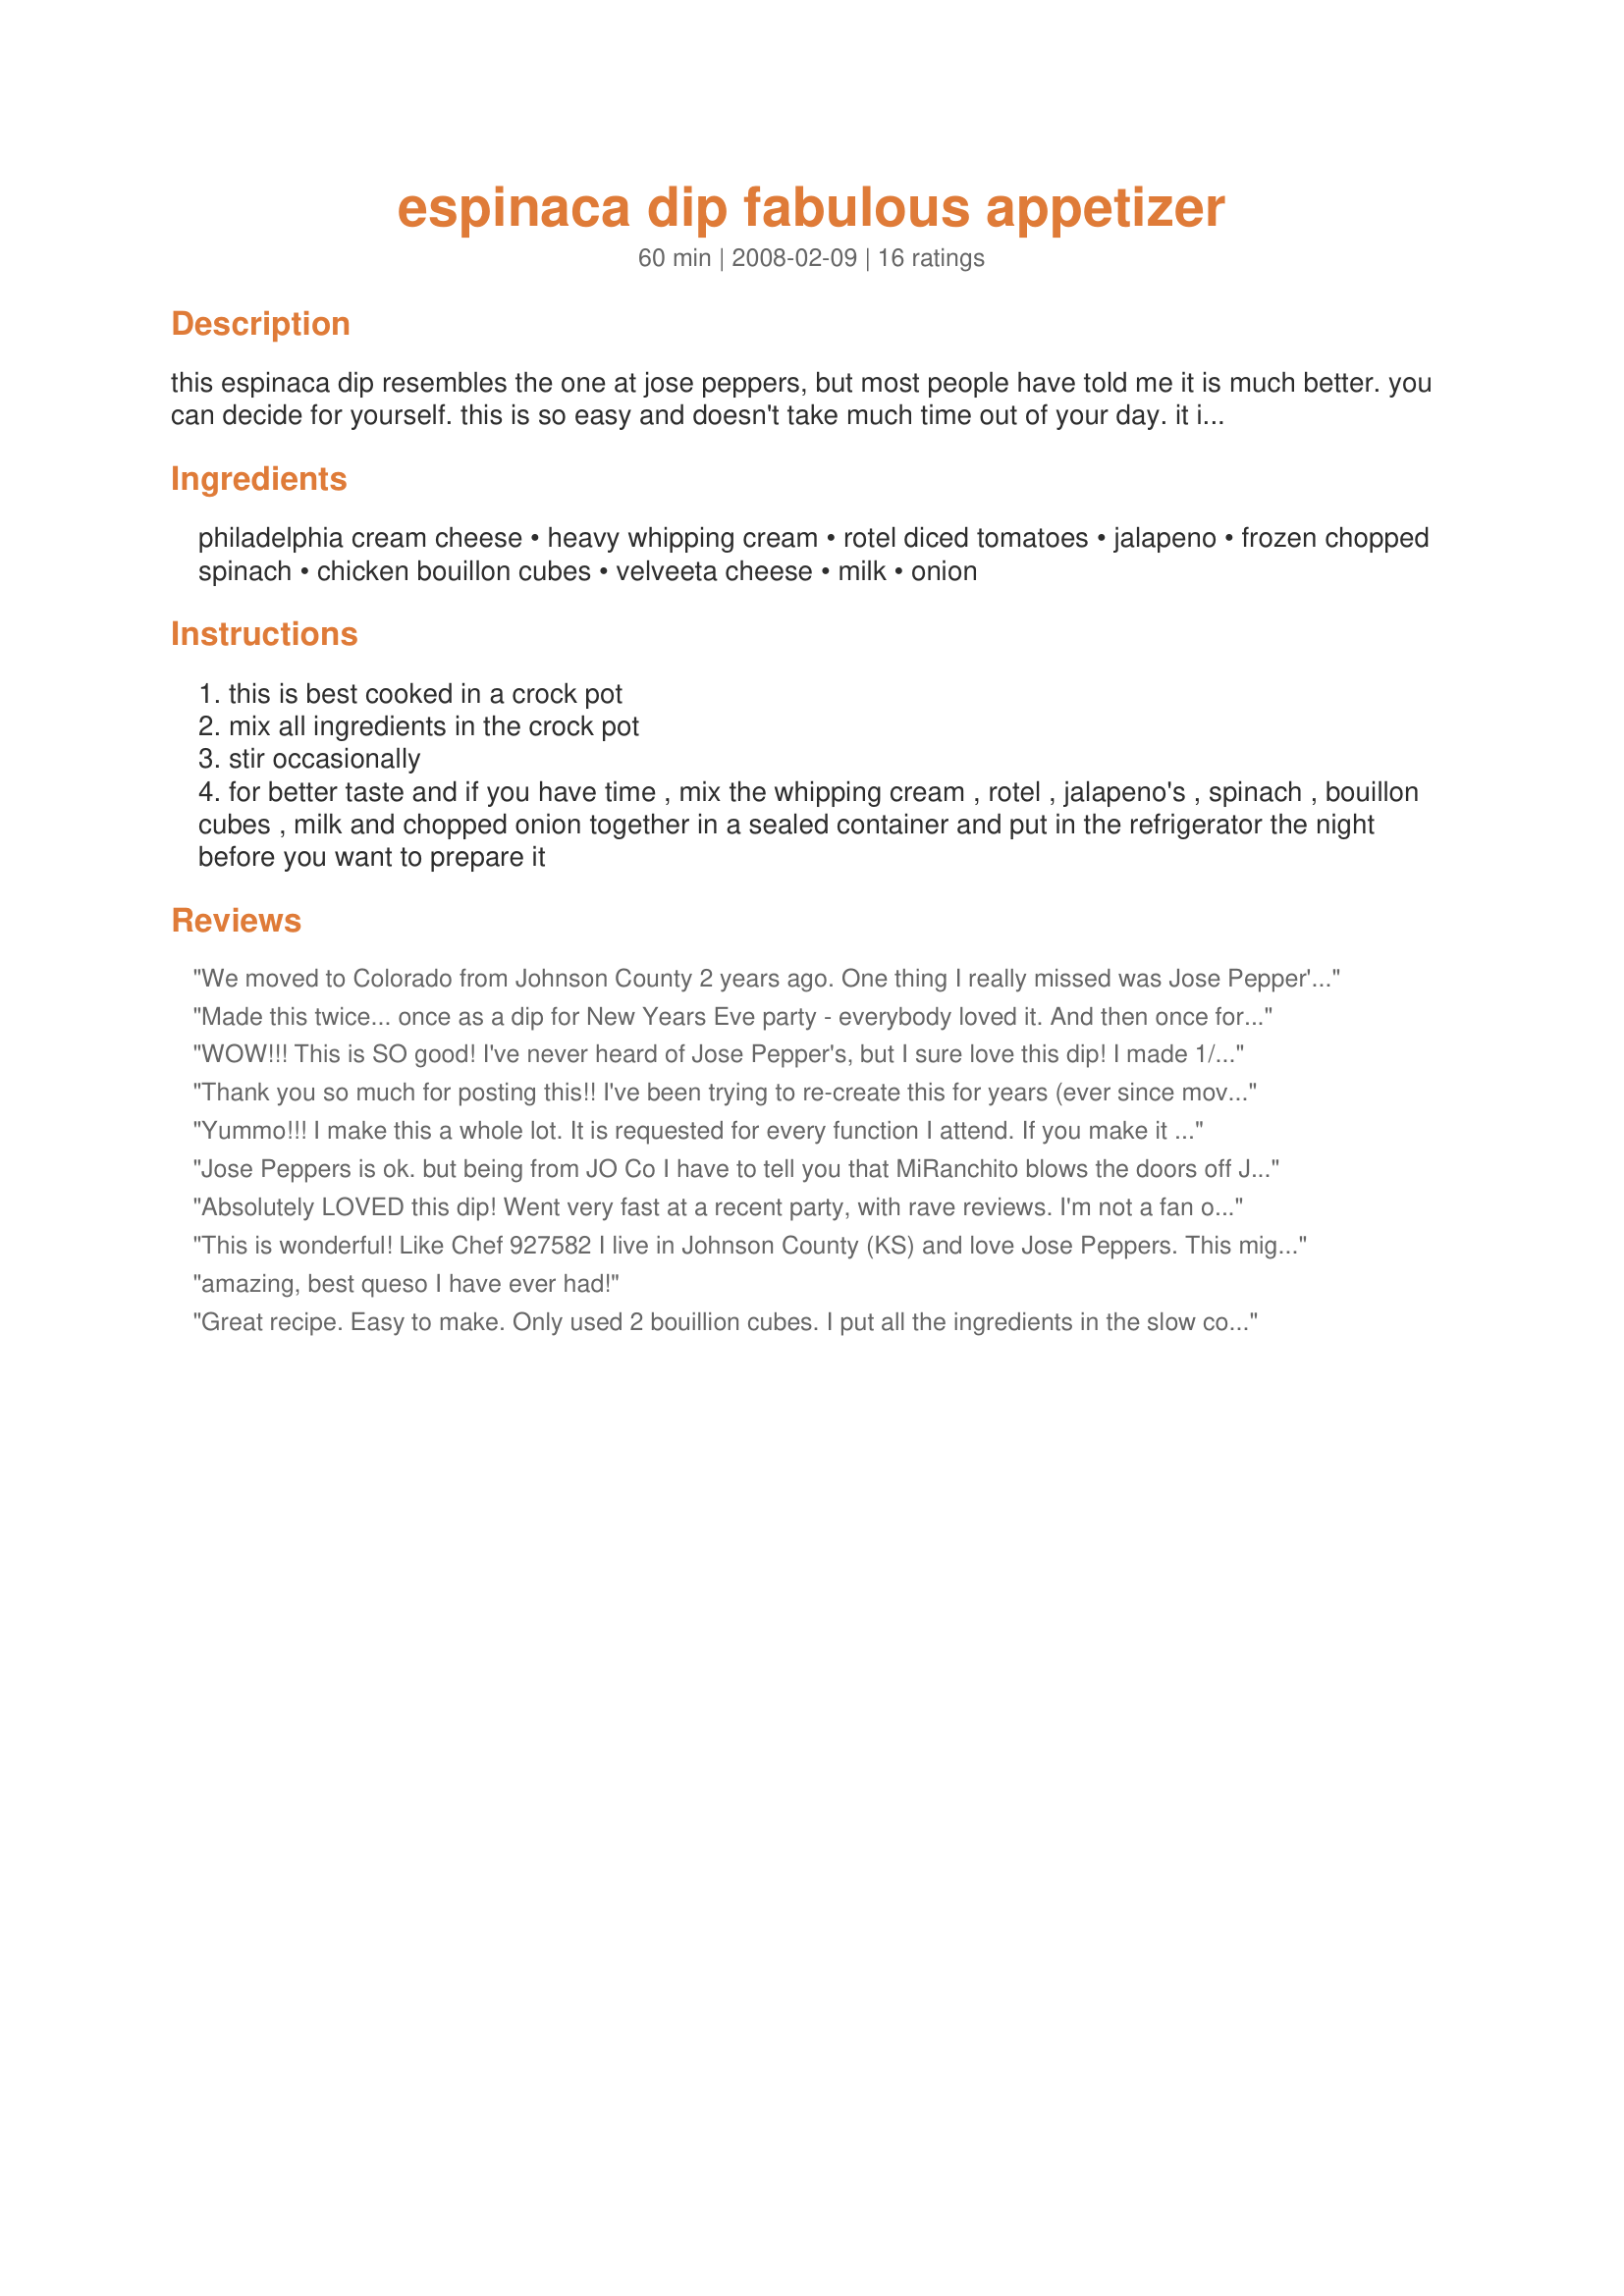
espinaca dip fabulous appetizer
Preparation time: 60 minutes

this espinaca dip resembles the one at jose peppers, but most people have told me it is much better. you can decide for yourself. this is so easy and doesn't take much time out of your day. it is great for office parties too.

Ingredients:
philadelphia cream cheese, heavy whipping cream, rotel diced tomatoes, jalapeno, frozen chopped spinach, chicken bouillon cubes, velveeta cheese, milk, onion

Steps:
this is best cooked in a crock pot
mix all ingredients in the crock pot
stir occasionally
for better taste and if you have time , mix the whipping cream , rotel , jalapeno's , spinach , bouillon cubes , milk and chopped onion together in a sealed container and put in the refrigerator the night before you want to prepare it

Reviews:
We moved to Colorado from Johnson County 2 years ago. One thing I really missed was Jose Pepper's espinaca dip. This recipe is great!
Made this twice... once as a dip for New Years Eve party - everybody loved it. And then once for dinner. Mixed it with cooked, cubed chicken and mini penne pasta - delicious! Adult Mac & Cheese =)
WOW!!! This is SO good! I've never heard of Jose Pepper's, but I sure love this dip! I made 1/2 the recipe and followed it pretty closely. Since I made only 1/2 of the recipe I used the microwave. I used 1/2 of a 10 oz can of rotel, drained and 1/2 of a 10 oz package frozen spinach. This made quite a bit. The full recipe would be perfect for a party/larger crowd. Super YUMMY!
Thank you so much for posting this!! I've been trying to re-create this for years (ever since moving away from KC)! I made a couple of changes, which I think makes it taste exactly like Jose Peppers. First off, I didn't use Velveeta. I used hot pepper cheese. (This is NOT pepper jack). This is white American cheese with jalapenos in it. I then didn't add the 1/4 cup jalapeno. If you don't have hot pepper cheese available, you could use white American (and then add the jalapeno). Then, instead of using 16 ounces cream cheese, I used only 8 ounces, increasing the hot pepper cheese then to 16 ounces. The first time I made this, it turned out to be an icky green color--still tasted good--but now I make sure to cook the spinach first, drain it (probably everyone else already knew to do this :)), and then I probably only use about 4 ounces of spinach, not the whole 8. Anyway, these are just my preferences, but if you're really searching for that Jose Pepper's taste, this is the closest I've ever gotten!!
Yummo!!! I make this a whole lot. It is requested for every function I attend. If you make it for a function be sure to take copies of the recipe, I promise that you will be asked for it.
Jose Peppers is ok. but being from JO Co I have to tell you that MiRanchito blows the doors off Jose P's. Try their espinaca it is made with white cheese. Ive tried to make it at home and now that i've found this recipe...i use Cacique cheese from the local grocery store this is the closest i've found to MiRanchitos cheese. my mom use to use velveeta for nachos on movie night when growing up...sorry mom no longer a kid, i prefer a real cheese.
Absolutely LOVED this dip! Went very fast at a recent party, with rave reviews. I'm not a fan of Velveeta, so I substitued Chihuahua melthing cheese with jalapenos...which was fantastic. I did make the tomato and milk/cream portion the night before as suggested. Next time I may try subbing skim evaporated milk for the cream/milk to save some calories. <br/><br/>Thanks for a new go to dip recipe!!
This is wonderful! Like Chef 927582 I live in Johnson County (KS) and love Jose Peppers. This might even be better than Jose Peppers! If you've never had Espinaca give it a try--it's wonderful! I gave this 5 stars the first time I reviewed it but it did not show the stars. I'm editing the review and giving it the 5 stars (even though it deserves more)!
amazing, best queso I have ever had!
Great recipe. Easy to make. Only used 2 bouillion cubes. I put all the ingredients in the slow cooker for an hour on high and it came out deliciously creamy. Thanks for posting. I'll definitely make it again.
Fantastic recipe! Rich cheesy flavor with just the right amount of spice. Thanks for sharing!
This is the best dip I have had in a very long time.... I recommend this to anyone..
awesome everyone loved this,i served this at a birthday party and all the women asked for the recipe!!!
I've always thought queso was highly-overrated, but this recipe took it to a whole new level! I also used a white pepper cheese instead of Velveeta, but otherwise followed it exactly. Two of my children stopped by the next day and tried it. It had solidified in the refrigerator, of course, but they thought it was fabulous as a cold spread instead of a hot dip. I've been asked to make it as an Easter appetizer so they can decide which way they like it best. Thanks for sharing a great recipe!
I&#039;ve made this twice, and while it is good, it is not great. There&#039;s something not quite right. First, it is a bit too gummy, and second, there&#039;s an off-putting flavor that I think may come from the bouillon cubes. I&#039;ll leave them out next time and see if that is the problem.
I was excited when I found this recipe!! I did cut the recipe in half only 3 people in my house would even try it! I used "Del Monte_Petite Cut tomatoes with Zesty Jalapenos" instead of the Rotel tomatoes and did not add the jalapenos. I also used an extra-sharp cheddar cheese instead of the Velveeta. I knew I was making this dip for dinner and started in the afternoon, preparing the night before items together to soak in the fride for a couple hours. Then when I was ready to cook the dip I used my stop top to melt down the cheddar, cream cheese and milk stirring constantly. Then adding the prepared ingredients stired till everything was combinded. It came out perfect. Just like my family has enjoyed at our local mexican canitina!!
